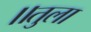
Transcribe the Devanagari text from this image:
॥तुला